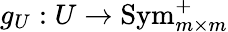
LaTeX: g_{U}:U\to\operatorname{Sym}_{m\times m}^{+}